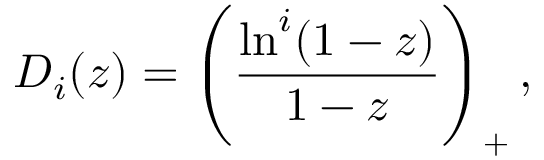
{ \cal D } _ { i } ( z ) = \left( \frac { \ln ^ { i } ( 1 - z ) } { 1 - z } \right) _ { + } ,